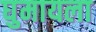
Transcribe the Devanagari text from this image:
घुमायला